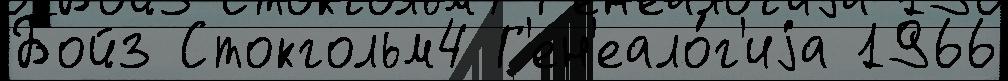
Бойз Стокгольм4 Г'ен'еало́г'иjа 1966